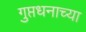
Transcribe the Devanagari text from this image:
गुप्तधनाच्या